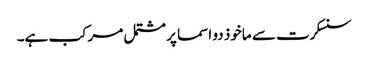
سنسکرت سے ماخوذ دو اسما پر مشتمل مرکب ہے۔